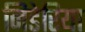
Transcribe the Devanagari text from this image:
निडेरिया